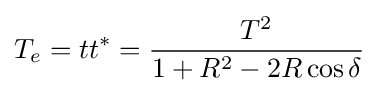
T_{e}=tt^{*}={\frac {T^{2}}{1+R^{2}-2R\cos \delta }}